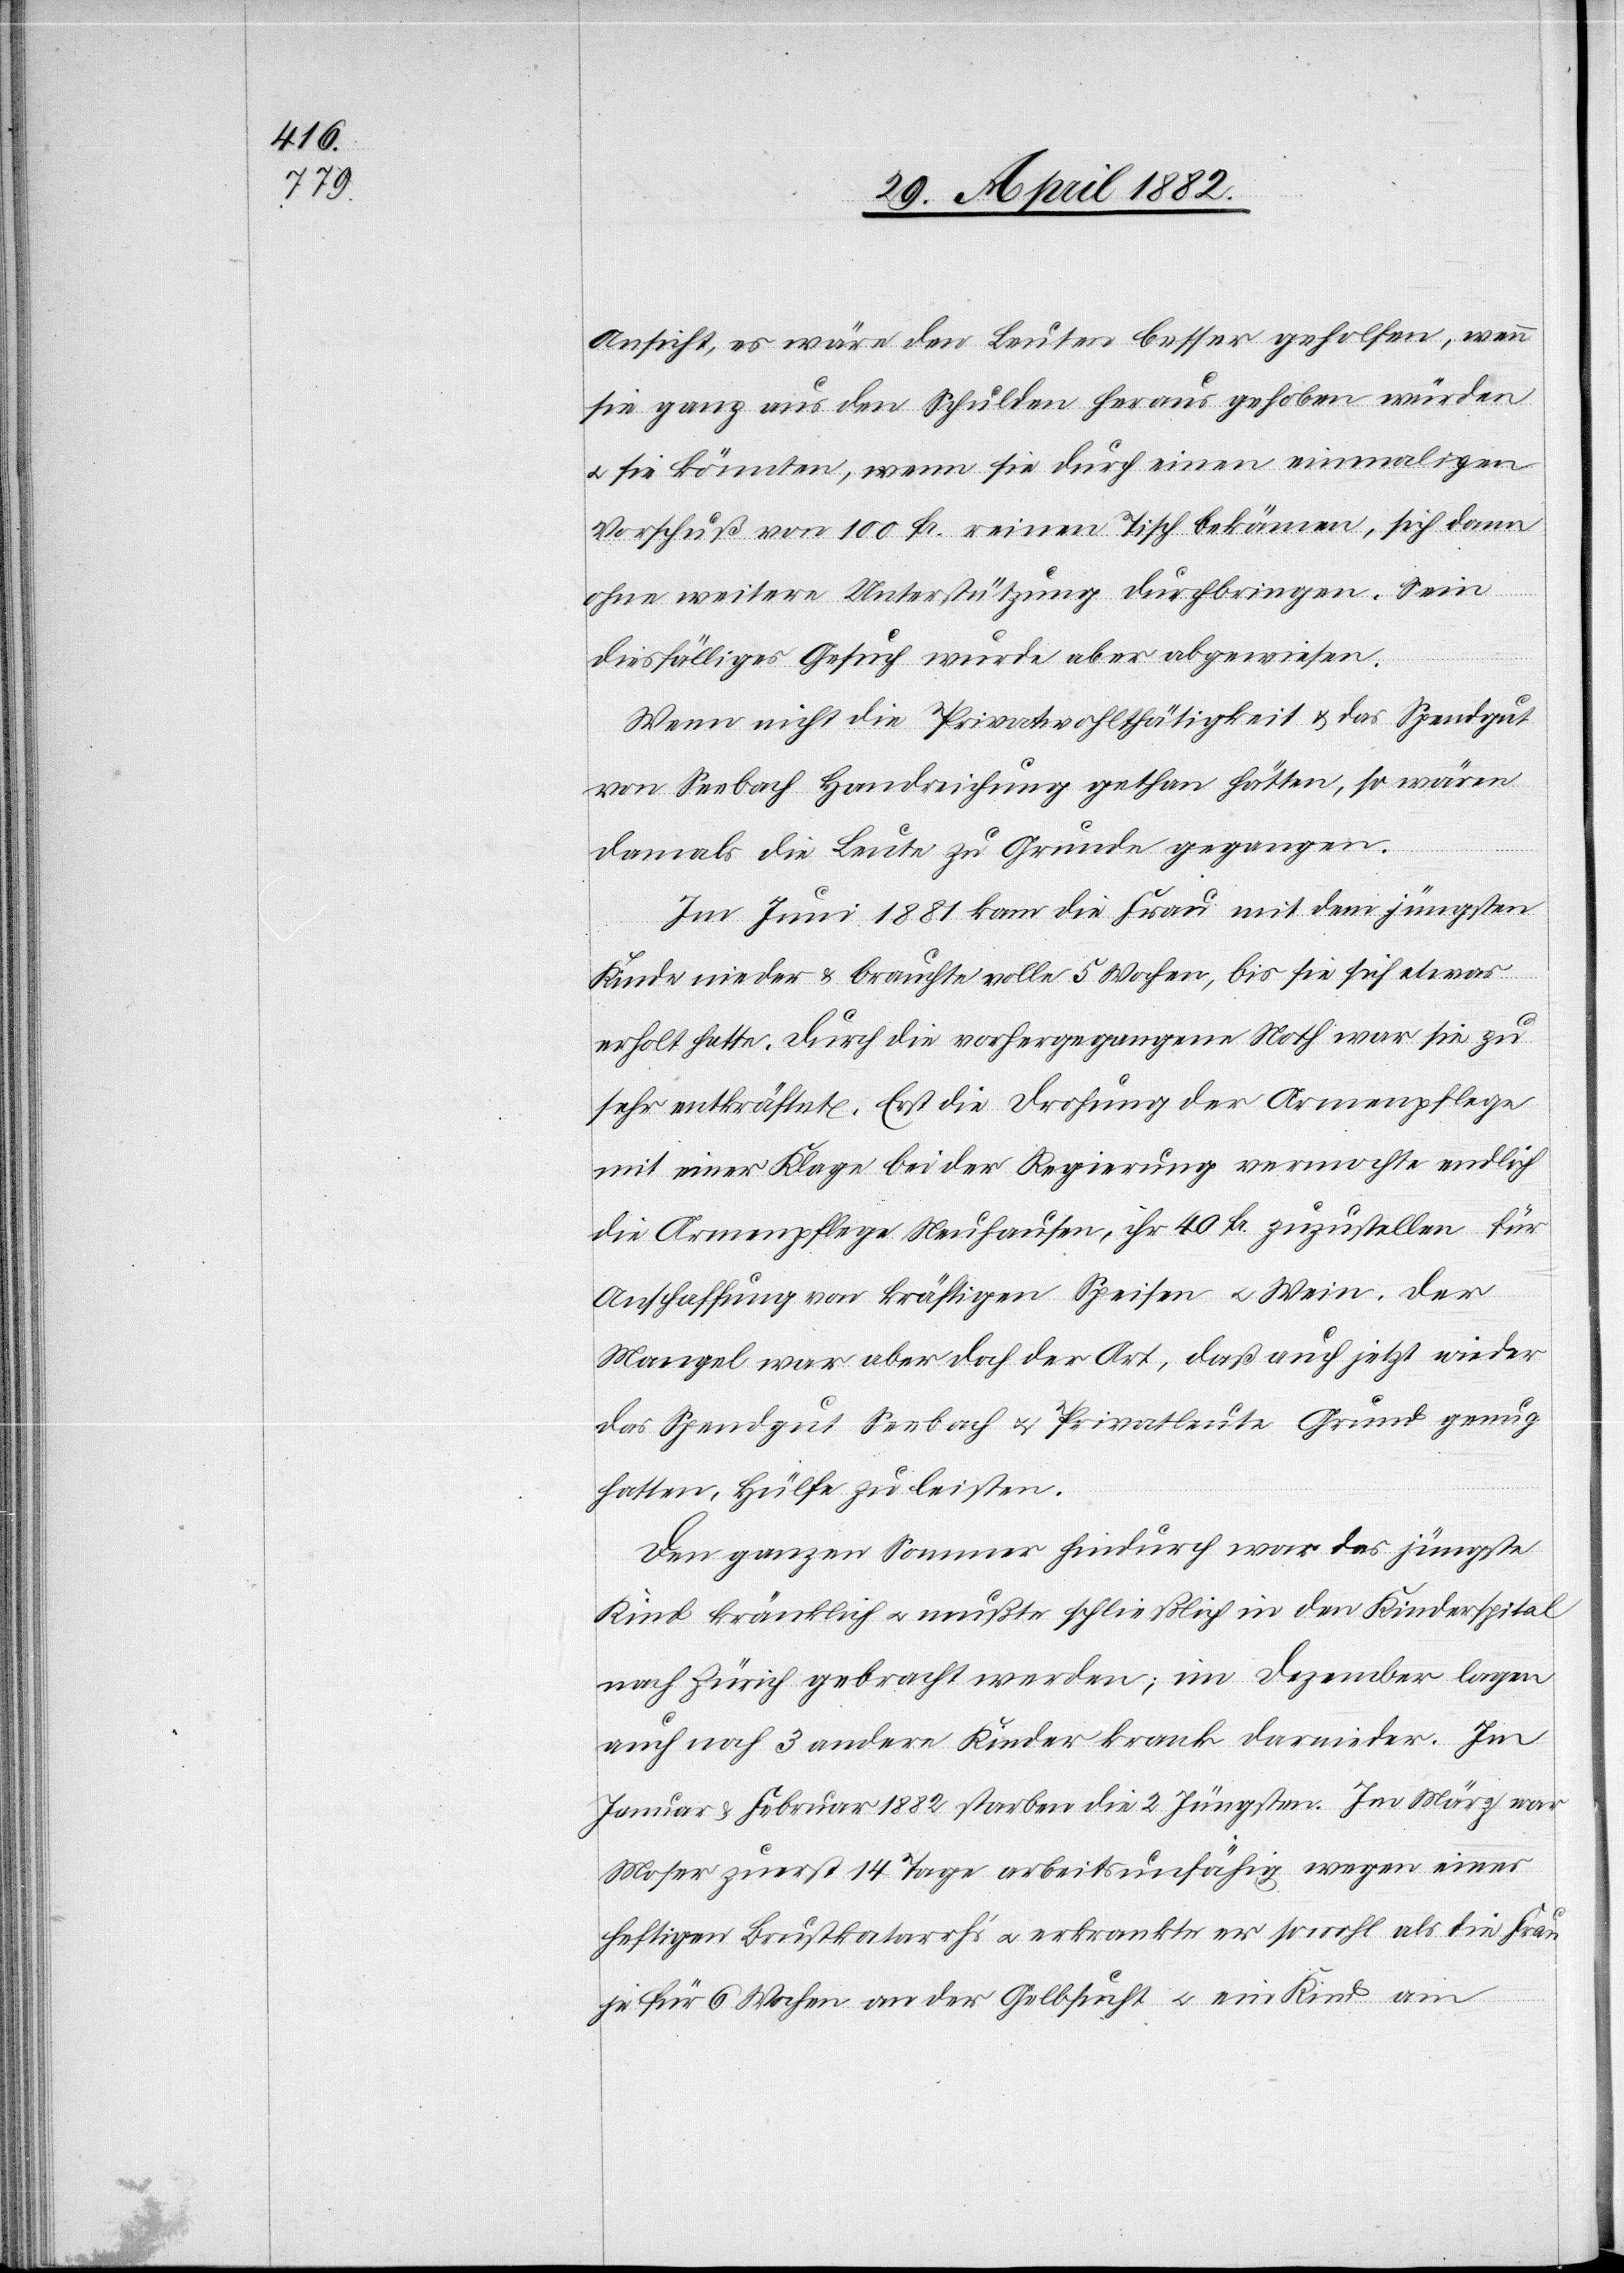
Ansicht, es wäre den Leuten besser geholfen, wenn
sie ganz aus den Schulden heraus gehoben würden
u. sie könnten, wenn sie durch einen einmaligen
Vorschuß von 100 Fr. reinen Tisch bekämen, sich dann
ohne weitere Unterstützung durchbringen. Sein
diesfälliges Gesuch wurde aber abgewiesen.
Wenn nicht die Privatwohlthätigkeit & das Spendgut
von Seebach Handreichung gethan hätten, so wären
damals die Leute zu Grunde gegangen.
Im Juni 1881 kam die Frau mit dem jüngsten
Kinde nieder & brauchte volle 5 Wochen, bis sie sich etwas
erholt hatte. Durch die vorangegangene Noth war sie zu
sehr entkräftet. Erst die Drohung der Armenpflege
mit einer Klage bei der Regierung vermochte endlich
die Armenpflege Neuhausen, ihr 40 Fr. zuzustellen für
Anschaffung von kräftigen Speisen u. Wein. Der
Mangel war aber doch der Art, daß auch jetzt wieder
das Spendgut Seebach u. Privatleute Grund genug
hatten, Hülfe zu leisten.
Den ganzen Sommer hindurch war das jüngste
Kind kränklich u. mußte schließlich in den Kinderspital
nach Zürich gebracht werden; im Dezember lagen
auch noch 3 andere Kinder krank darnieder. Im
Januar & Februar 1882 starben die 2 Jüngsten. Im März war
Moser zuerst 14 Tage arbeitsunfähig wegen eines
heftigen Brustkatarrhs u. erkrankte sowohl als die Frau
je für 6 Wochen an der Gelbsucht u. ein Kind am